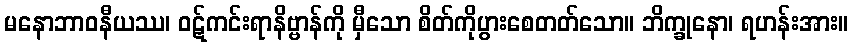
မနောဘာဝနီယဿ၊ ဝဋ်ကင်းရာနိဗ္ဗာန်ကို မှီသော စိတ်ကိုပွားစေတတ်သော။ ဘိက္ခုနော၊ ရဟန်းအား။